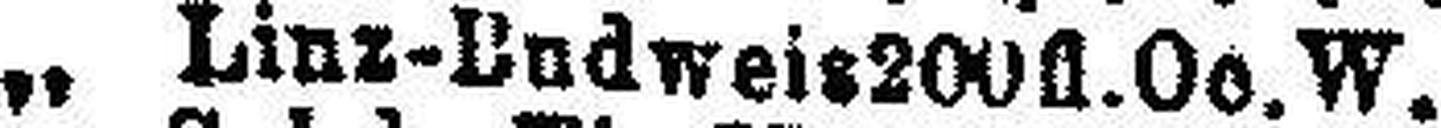
„ „ Linz-Budweis200 fl. Oe. W.